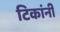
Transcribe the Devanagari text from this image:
टिकांनी